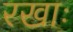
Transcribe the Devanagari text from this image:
रखाः